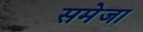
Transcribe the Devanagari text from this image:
समेजा